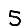
Digit: 5